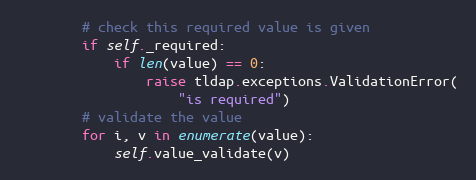
Language: Python
        # check this required value is given
        if self._required:
            if len(value) == 0:
                raise tldap.exceptions.ValidationError(
                    "is required")
        # validate the value
        for i, v in enumerate(value):
            self.value_validate(v)